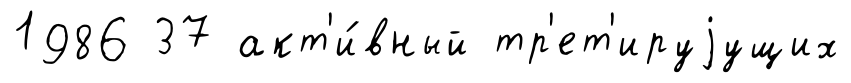
1986 37 акт'и́вный тр'ет'ируjущих